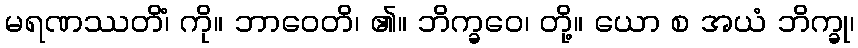
မရဏဿတိံ၊ ကို။ ဘာဝေတိ၊ ၏။ ဘိက္ခဝေ၊ တို့။ ယော စ အယံ ဘိက္ခု၊